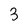
Character: 3